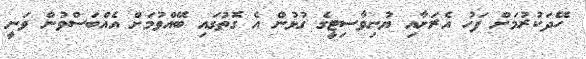
ހޭދަކުރުމަށް ފަހު އެރަށާއި ޔުނިވާސިޓީގެ ގުޅުން އެ ގޮތުގައި ބޭއްވުމަށް އެއްބަސްވުން ވަނީ